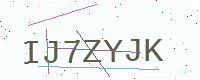
Text: IJ7ZYJK